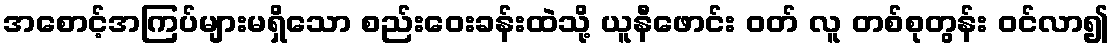
အစောင့်အကြပ်များမရှိသော စည်းဝေးခန်းထဲသို့ ယူနီဖောင်း ဝတ် လူ တစ်စုတွန်း ဝင်လာ၍